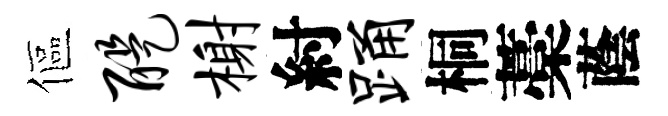
傴醍榭紂踊桐藁蔭